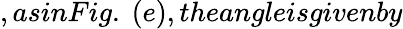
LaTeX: ,asinFig.~(e),theangleisgivenby